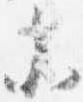
参